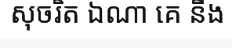
សុចរិត ឯណា គេ នឹង